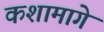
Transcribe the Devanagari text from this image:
कशामागे